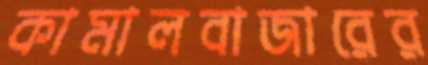
কামালবাজারের